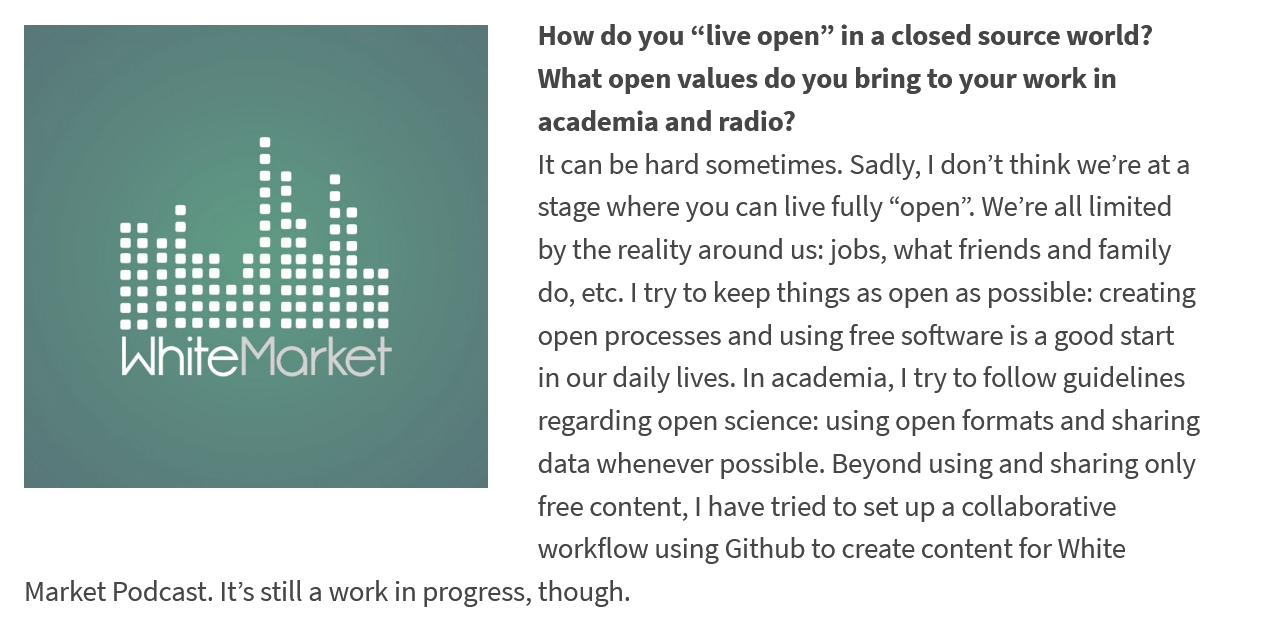
WhiteMarket
     How do you “live open” in a closed source world?
     What open values do you bring to your work in
     academia  and radio?
     It can be hard sometimes. Sadly, | don’t think we’re at a
     stage where you can live fully “open”. We’re all limited
     by the reality around us: jobs, what friends and family
     do, etc. | try to keep things as open as possible: creating
     open processes and using free software is a good start
     in our daily lives. In academia, | try to follow guidelines
     regarding open science: using open formats and sharing
     data whenever possible. Beyond using and sharing only
     free content, | have tried to set up a collaborative
     workflow using Github to create content for White
  Market Podcast. It’s still a work in progress, though.